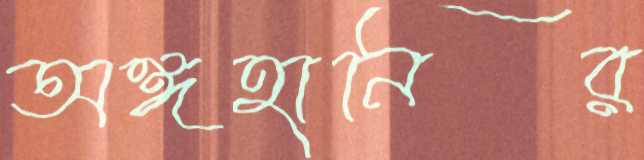
অঙ্গহানির